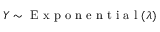
Y \sim { \textrm { E x p o n e n t i a l } } ( \lambda )